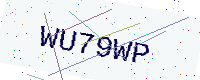
Text: WU79WP